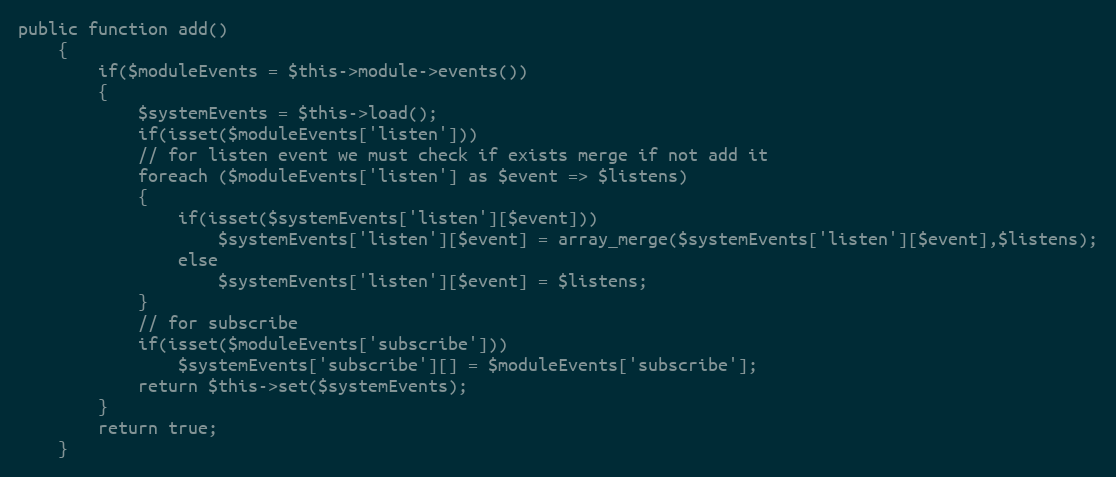
Language: PHP
public function add()
    {
        if($moduleEvents = $this->module->events())
        {
            $systemEvents = $this->load();
            if(isset($moduleEvents['listen']))
            // for listen event we must check if exists merge if not add it
            foreach ($moduleEvents['listen'] as $event => $listens)
            {
                if(isset($systemEvents['listen'][$event]))
                    $systemEvents['listen'][$event] = array_merge($systemEvents['listen'][$event],$listens);
                else
                    $systemEvents['listen'][$event] = $listens;
            }
            // for subscribe
            if(isset($moduleEvents['subscribe']))
                $systemEvents['subscribe'][] = $moduleEvents['subscribe'];
            return $this->set($systemEvents);
        }
        return true;
    }